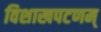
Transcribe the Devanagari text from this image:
विशाखपटणम्‌